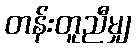
တန်းတူညီမျှ